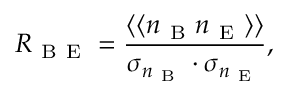
R _ { \mathrm { ~ B ~ E ~ } } = \frac { \left\langle \langle n _ { \mathrm { ~ B ~ } } n _ { \mathrm { ~ E ~ } } \right\rangle \rangle } { \sigma _ { n _ { \mathrm { ~ B ~ } } } \cdot \sigma _ { n _ { \mathrm { ~ E ~ } } } } ,